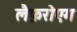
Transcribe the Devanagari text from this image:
लैफ़रोएग